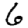
Digit: 6